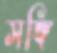
সঙ্গি